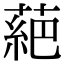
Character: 𫉇